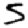
Digit: 5